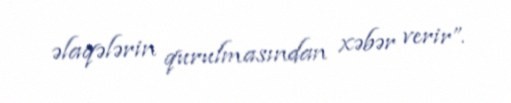
əlaqələrin qurulmasından xəbər verir”.